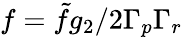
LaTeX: f={\tilde{f}g_{2}}/{2\Gamma_{p}\Gamma_{r}}